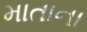
માતાના